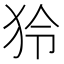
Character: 狑